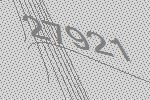
27921